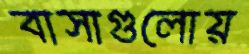
বাসাগুলোয়